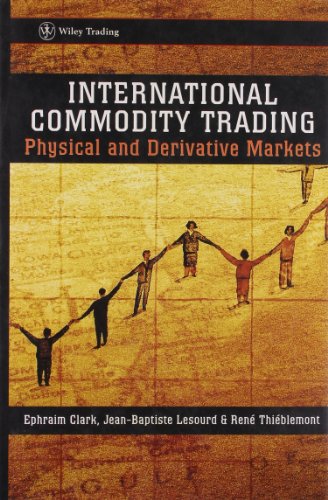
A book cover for International Commodity Trading; Ephraim Clark; Business & Money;